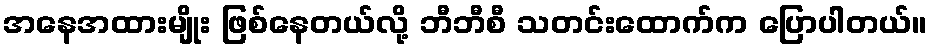
အနေအထားမျိုး ဖြစ်နေတယ်လို့ ဘီဘီစီ သတင်းထောက်က ပြောပါတယ်။